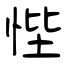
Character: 悂